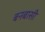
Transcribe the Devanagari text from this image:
बनबासी